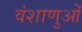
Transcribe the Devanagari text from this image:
वंशाणुओं